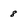
Character: 8